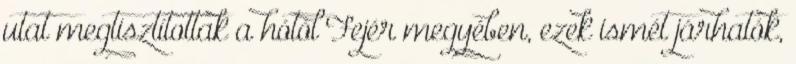
utat megtisztítottak a hótól Fejér megyében, ezek ismét járhatók,